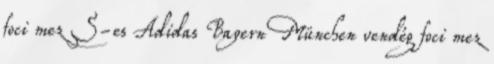
foci mez S-es Adidas Bayern München vendég foci mez